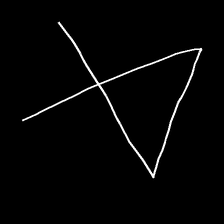
Glyph: collection